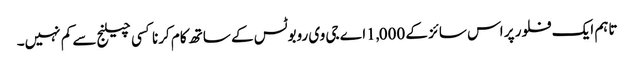
تاہم ایک فلور پر اس سائز کے 1,000اے جی وی روبوٹس کے ساتھ کام کرنا کسی چیلنج سے کم نہیں۔